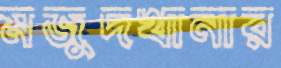
মজুদখানার